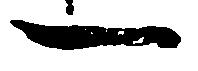
一